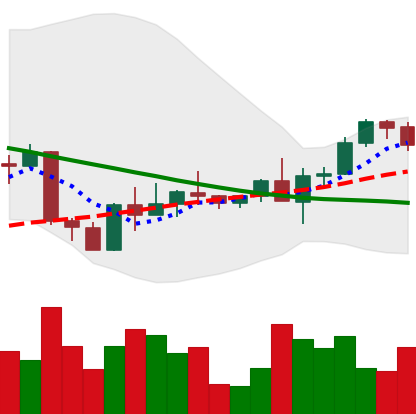
Ticker: ETH-USD
Chart end date: 2022-09-12
Forward return: -14.239%
Label: down_7plus